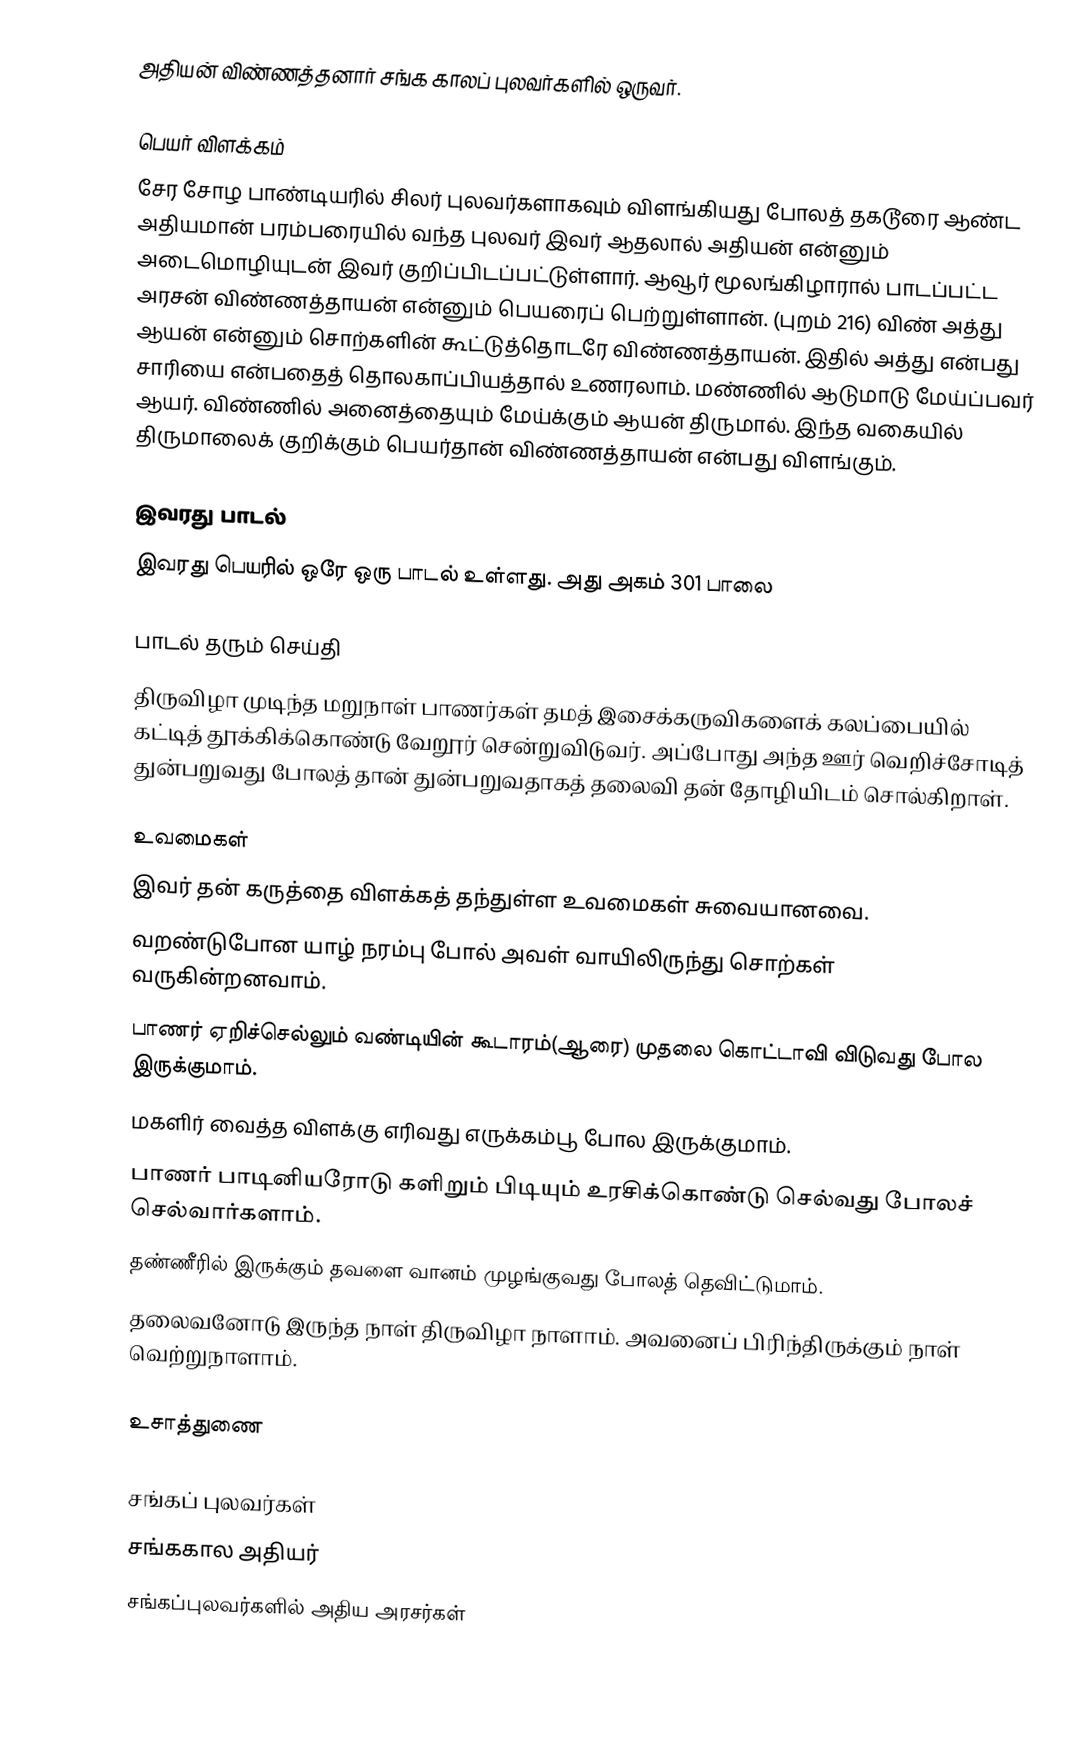
அதியன் விண்ணத்தனார் சங்க காலப் புலவர்களில் ஒருவர்.

பெயர் விளக்கம்
சேர சோழ பாண்டியரில் சிலர் புலவர்களாகவும் விளங்கியது போலத் தகடூரை ஆண்ட அதியமான் பரம்பரையில் வந்த புலவர் இவர் ஆதலால் அதியன் என்னும் அடைமொழியுடன் இவர் குறிப்பிடப்பட்டுள்ளார். ஆவூர் மூலங்கிழாரால் பாடப்பட்ட அரசன் விண்ணத்தாயன் என்னும் பெயரைப் பெற்றுள்ளான். (புறம் 216) விண் அத்து ஆயன் என்னும் சொற்களின் கூட்டுத்தொடரே விண்ணத்தாயன். இதில் அத்து என்பது சாரியை என்பதைத் தொலகாப்பியத்தால் உணரலாம். மண்ணில் ஆடுமாடு மேய்ப்பவர் ஆயர். விண்ணில் அனைத்தையும் மேய்க்கும் ஆயன் திருமால். இந்த வகையில் திருமாலைக் குறிக்கும் பெயர்தான் விண்ணத்தாயன் என்பது விளங்கும்.

இவரது பாடல்
இவரது பெயரில் ஒரே ஒரு பாடல் உள்ளது. அது அகம் 301 பாலை

பாடல் தரும் செய்தி
திருவிழா முடிந்த மறுநாள் பாணர்கள் தமத் இசைக்கருவிகளைக் கலப்பையில் கட்டித் தூக்கிக்கொண்டு வேறூர் சென்றுவிடுவர். அப்போது அந்த ஊர் வெறிச்சோடித் துன்பறுவது போலத் தான் துன்பறுவதாகத் தலைவி தன் தோழியிடம் சொல்கிறாள்.

உவமைகள்
இவர் தன் கருத்தை விளக்கத் தந்துள்ள உவமைகள் சுவையானவை.
 வறண்டுபோன யாழ் நரம்பு போல் அவள் வாயிலிருந்து சொற்கள் வருகின்றனவாம்.
 பாணர் ஏறிச்செல்லும் வண்டியின் கூடாரம்(ஆரை) முதலை கொட்டாவி விடுவது போல இருக்குமாம்.
 மகளிர் வைத்த விளக்கு எரிவது எருக்கம்பூ போல இருக்குமாம்.
 பாணர் பாடினியரோடு களிறும் பிடியும் உரசிக்கொண்டு செல்வது போலச் செல்வார்களாம்.
 தண்ணீரில் இருக்கும் தவளை வானம் முழங்குவது போலத் தெவிட்டுமாம்.
 தலைவனோடு இருந்த நாள் திருவிழா நாளாம். அவனைப் பிரிந்திருக்கும் நாள் வெற்றுநாளாம்.

உசாத்துணை

சங்கப் புலவர்கள்
சங்ககால அதியர்
சங்கப்புலவர்களில் அதிய அரசர்கள்